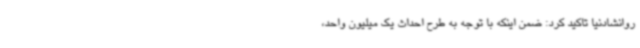
روانشادنیا تاکید کرد: ضمن اینکه با توجه به طرح احداث یک میلیون واحد،